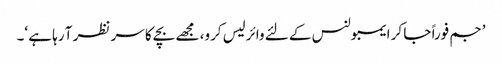
’جم فوراً جا کر ایمبولنس کے لئے وائرلیس کرو، مجھے بچے کا سر نظر آ رہا ہے ‘۔